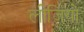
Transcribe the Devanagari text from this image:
लीजियो